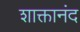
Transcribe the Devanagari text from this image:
शाक्तानंद